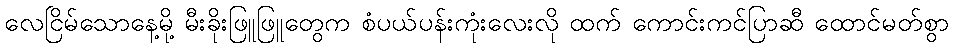
လေငြိမ်သောနေ့မို့ မီးခိုးဖြူဖြူတွေက စံပယ်ပန်းကုံးလေးလို ထက် ကောင်းကင်ပြာဆီ ထောင်မတ်စွာ